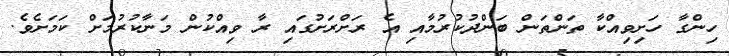
ހިންގާ ހަށިވިއްކާ ތަންތަން ބަންދުކުރުމާއި އެ ރަށްރަށުގައި ރާ ވިއްކުން މަނާކުރުމަށް ކަމަށެވެ.